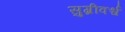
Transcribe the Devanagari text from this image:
सुग्रीवर्श्च